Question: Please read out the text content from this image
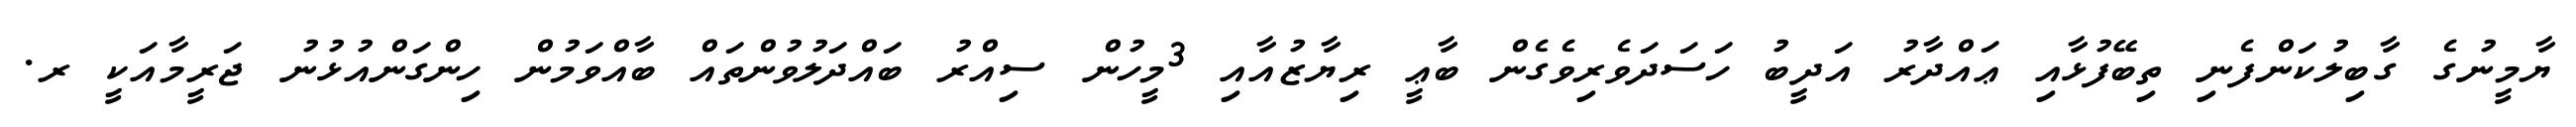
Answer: ޔާމީނުގެ ގާބިލުކަންފެނި ތިބޭފުޅާއި ޢައްދާރު އަދީބު ހަސަދަވެރިވެގެން ބާޢީ ރިޔާޒުއާއި 3މީހުން ސިއްރު ބައްދަލުވުންތައް ބާއްވަމުން ހިންގަންއުޅުނު ޖަރީމާއަކީ ރ.